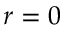
r = 0